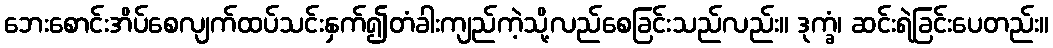
ဘေးစောင်းအိပ်စေလျက်ထပ်သင်းနှက်၍တံခါးကျည်ကဲ့သို့လည်စေခြင်းသည်လည်း။ ဒုက္ခံ၊ ဆင်းရဲခြင်းပေတည်း။